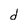
Character: d